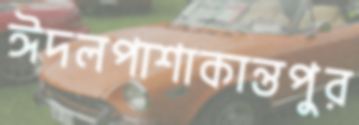
ঈদলপাশাকান্তপুর